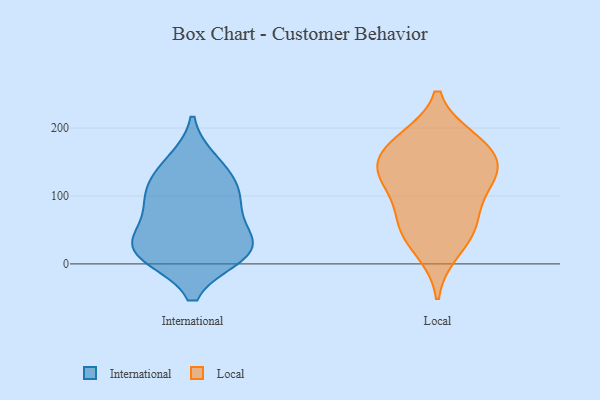
{"axis": {"x": "Energy Usage (MWh)", "y": "Value"}, "legend": ["International", "Local"], "data": [{"x": "", "y": 16, "type": "International"}, {"x": "", "y": 31, "type": "International"}, {"x": "", "y": 91, "type": "International"}, {"x": "", "y": 106, "type": "International"}, {"x": "", "y": 20, "type": "International"}, {"x": "", "y": 130, "type": "International"}, {"x": "", "y": 149, "type": "International"}, {"x": "", "y": 14, "type": "International"}, {"x": "", "y": 81, "type": "International"}, {"x": "", "y": 32, "type": "International"}, {"x": "", "y": 59, "type": "Local"}, {"x": "", "y": 141, "type": "Local"}, {"x": "", "y": 183, "type": "Local"}, {"x": "", "y": 19, "type": "Local"}, {"x": "", "y": 179, "type": "Local"}, {"x": "", "y": 173, "type": "Local"}, {"x": "", "y": 49, "type": "Local"}, {"x": "", "y": 67, "type": "Local"}, {"x": "", "y": 144, "type": "Local"}, {"x": "", "y": 111, "type": "Local"}, {"x": "", "y": 121, "type": "Local"}, {"x": "", "y": 136, "type": "Local"}]}